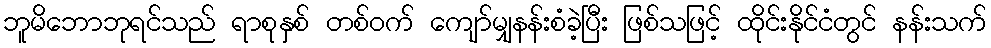
ဘူမိဘောဘုရင်သည် ရာစုနှစ် တစ်ဝက် ကျော်မျှနန်းစံခဲ့ပြီး ဖြစ်သဖြင့် ထိုင်းနိုင်ငံတွင် နန်းသက်